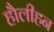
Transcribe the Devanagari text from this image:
हौलीहन